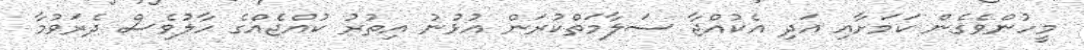
މީހުންވެގެން ކަމަށާއި އަދި އެކުއްޖާ ސަލާމަތްކުރަން އުޅުނު އިތުރު ކުއްޖެއްގެ ހާލުވެސް ދެރަވުމާ